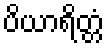
ပိယာရိတ္တံ